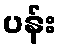
ပန်း